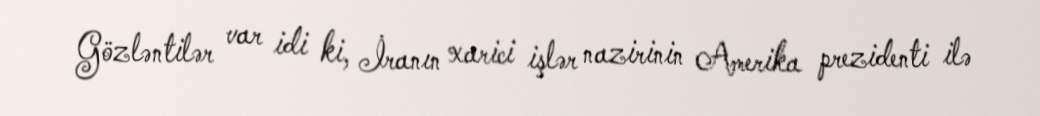
Gözləntilər var idi ki, İranın xarici işlər nazirinin Amerika prezidenti ilə